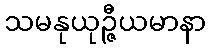
သမနုယုဉ္ဇီယမာနာ